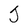
Character: J